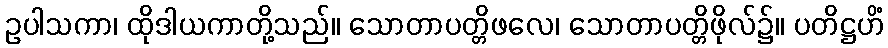
ဥပါသကာ၊ ထိုဒါယကာတို့သည်။ သောတာပတ္တိဖလေ၊ သောတာပတ္တိဖိုလ်၌။ ပတိဋ္ဌဟိံ